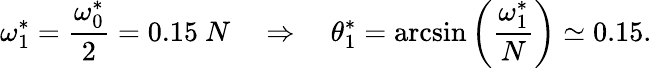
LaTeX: \omega_{1}^{*}=\frac{\omega_{0}^{*}}{2}=0.15~N~~~~\Rightarrow~~~~\theta_{1}^{*}=\arcsin\left(\frac{\omega_{1}^{*}}{N}\right)\simeq 0.15.